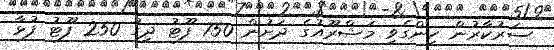
ސަރުކާރުން ހިންގެވި މަޝްރޫއުގެ ދަށުން 750 ފޫޓު ދިގު 250 ފޫޓު ފުޅާ